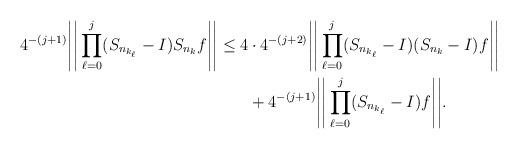
LaTeX: \begin{align*}4^{-(j+1)}\Bigg\vert\Bigg\vert \prod_{\ell=0}^j(S_{n_{k_{\ell}}} -I)S_{n_k}f\Bigg\vert\Bigg\vert\le 4&\cdot 4^{-(j+2)}\Bigg\vert\Bigg\vert \prod_{\ell=0}^j (S_{n_{k_\ell}}-I)(S_{n_k}-I)f \Bigg\vert\Bigg\vert\\&+4^{-(j+1)}\Bigg\vert\Bigg\vert \prod_{\ell=0}^j (S_{n_{k_\ell}}-I)f \Bigg\vert\Bigg\vert.\end{align*}